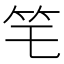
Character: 𥫥